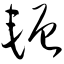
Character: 轭